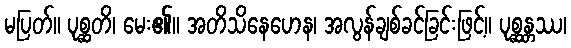
မပြတ်။ ပုစ္ဆတိ၊ မေး၏။ အတိသိနေဟေန၊ အလွန်ချစ်ခင်ခြင်းဖြင့်။ ပုစ္ဆန္တဿ၊